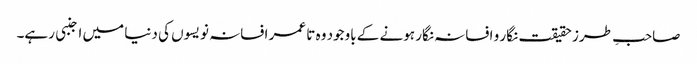
صاحبِ طرز حقیقت نگار و افسانہ نگار ہونے کے باوجود وہ تا عمر افسانہ نویسوں کی دنیا میں اجنبی رہے۔